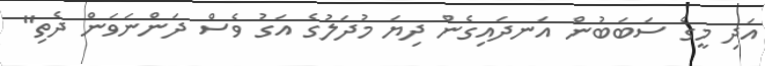
އަދި މީގެ ސަބަބުން އަނދައިގެން ދިޔަ މުދަލުގެ އަގު ވެސް ދަންނަވަން ދެތި"